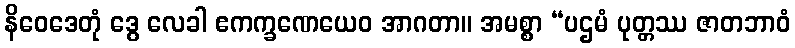
နိဝေဒေတုံ ဒွေ လေခါ ဧကက္ခဏေယေဝ အာဂတာ။ အမစ္စာ “ပဌမံ ပုတ္တဿ ဇာတဘာဝံ